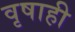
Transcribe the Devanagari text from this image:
वृषाही